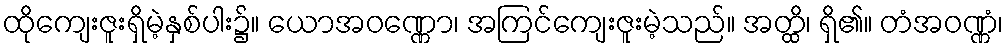
ထိုကျေးဇူးရှိမဲ့နှစ်ပါး၌။ ယောအဝဏ္ဏော၊ အကြင်ကျေးဇူးမဲ့သည်။ အတ္ထိ၊ ရှိ၏။ တံအဝဏ္ဏံ၊